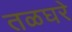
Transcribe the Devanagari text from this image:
तळघरे